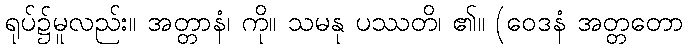
ရုပ်၌မူလည်း။ အတ္တာနံ၊ ကို။ သမနု ပဿတိ၊ ၏။ (ဝေဒနံ အတ္တတော